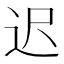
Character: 迟